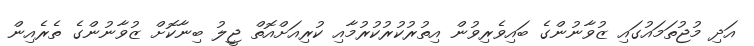
އަދި މުޖުތަމައުގައި ޒުވާނުންގެ ބައިވެރިވުން އިތުރުކުރުކުުރުމާއި ކުރިއަށްއޮތް ޖީލު ބިނާކޮށް ޒުވާނުންގެ ތެރެއިން